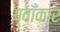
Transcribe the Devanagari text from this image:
प्वाँकार